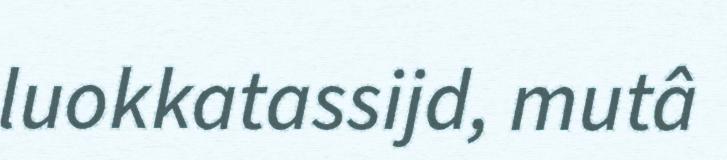
luokkatassijd, mutâ